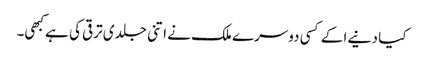
کیا دنیےا کے کسی دوسرے ملک نے اتنی جلدی ترقی کی ہے کبھی۔